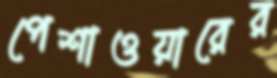
পেশাওয়ারের